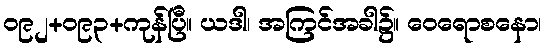
၀၉၂+၀၉၃+ကုန်ပြီ။ ယဒါ၊ အကြင်အခါ၌။ ဝေရောစနော၊